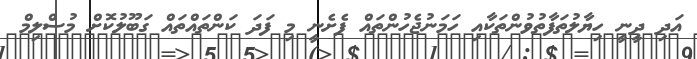
އަދި ދީނީ ހިޔާލުތަފާތުވުންތަކާއި ހަމަނުޖެހުންތައް ފެށެނީ މި ފަދަ ކަންތައްތައް ގަބޫލުކޮށް މުސްލިމް